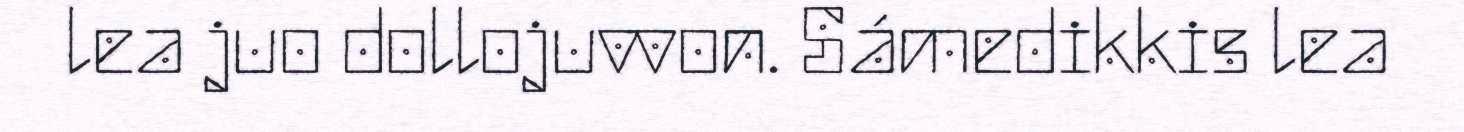
lea juo dollojuvvon. Sámedikkis lea